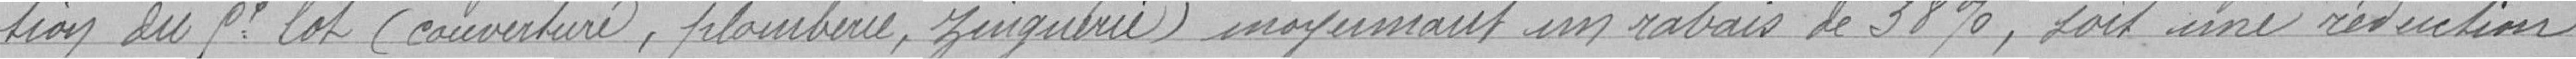
tion du 5e lot (couverture, plomberie, zinguerie) moyennant un rabais de 38 %, soit une réduction